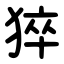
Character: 猝